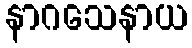
နာဂသေနာယ